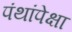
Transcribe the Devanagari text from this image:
पंथांपेक्षा